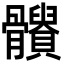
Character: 𩪹